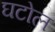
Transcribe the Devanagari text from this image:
घटोल